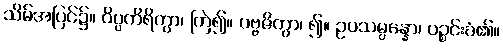
သိမ်အပြင်၌။ ဝိပ္ပကိရိတွာ၊ ကြဲ၍။ ပဗ္ဗဇိတွာ၊ ၍။ ဥပသမ္ပန္နော၊ ပဉ္စင်းခံ၏။